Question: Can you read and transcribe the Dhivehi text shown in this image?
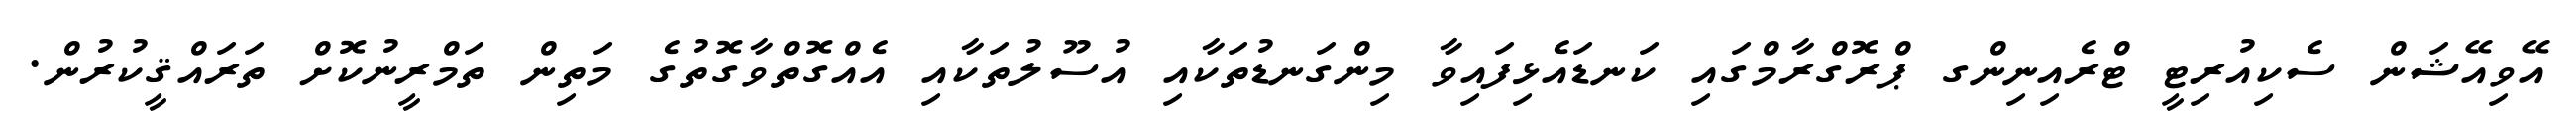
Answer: އޭވިއޭޝަން ސެކިއުރިޓީ ޓްރެއިނިންގ ޕްރޮގްރާމްގައި ކަނޑައެޅިފައިވާ މިންގަނޑުތަކާއި އުސޫލުތަކާއި އެއްގޮތްވާގޮތުގެ މަތިން ތަމްރީނުކޮށް ތަރައްޤީކުރުން.